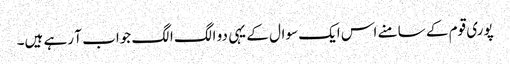
پوری قوم کے سامنے اس ایک سوال کے یہی دو الگ الگ جواب آ رہے ہیں۔